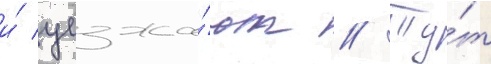
и́ уезжа́ют // Ту́т